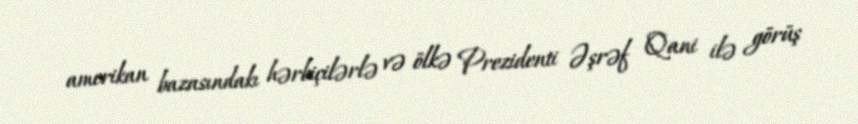
amerikan bazasındakı hərbiçilərlə və ölkə Prezidenti Əşrəf Qani ilə görüş